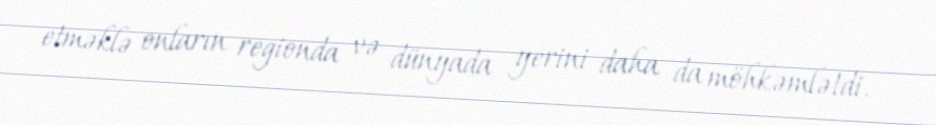
etməklə onların regionda və dünyada yerini daha da möhkəmlətdi.